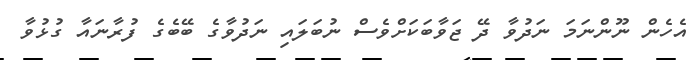
އެހެން ނޫންނަމަ ނަދުވާ ދޭ ޖަވާބަކަށްވެސް ނުބަލައި ނަދުވާގެ ބޭބެގެ ފުރާނައާ ގުޅުވާ